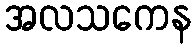
အလသကေန